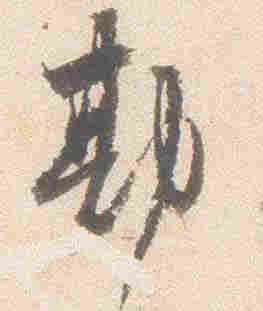
勘